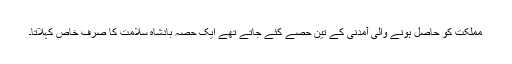
مملکت کو حاصل ہونے والی آمدنی کے تین حصے کئے جاتے تھے ایک حصہ بادشاہ سلامت کا صرف خاص کہلاتا۔